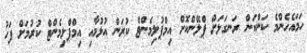
ހަމައެހެންމެ ކަންކަން ރަނގަޅަށް ޕްލޭންކޮށް އިމްޕުލިމެންޓް ކުރަން އުޅުމާއި އިމްޕްލިމެންޓް ކުރުމަށް ފަހު